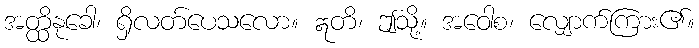
အတ္ထိနုခေါ၊ ရှိလတ်ပေသလော။ ဣတိ၊ ဤသို့။ အဝေါစ၊ လျှောက်ကြား၏။